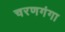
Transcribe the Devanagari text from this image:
चरणगंगा